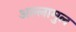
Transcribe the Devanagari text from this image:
अल्लामुल